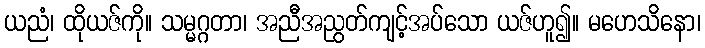
ယညံ၊ ထိုယဇ်ကို။ သမ္မဂ္ဂတာ၊ အညီအညွတ်ကျင့်အပ်သော ယဇ်ဟူ၍။ မဟေသိနော၊